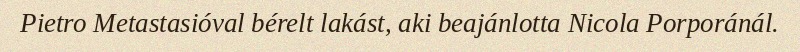
Pietro Metastasióval bérelt lakást, aki beajánlotta Nicola Porporánál.